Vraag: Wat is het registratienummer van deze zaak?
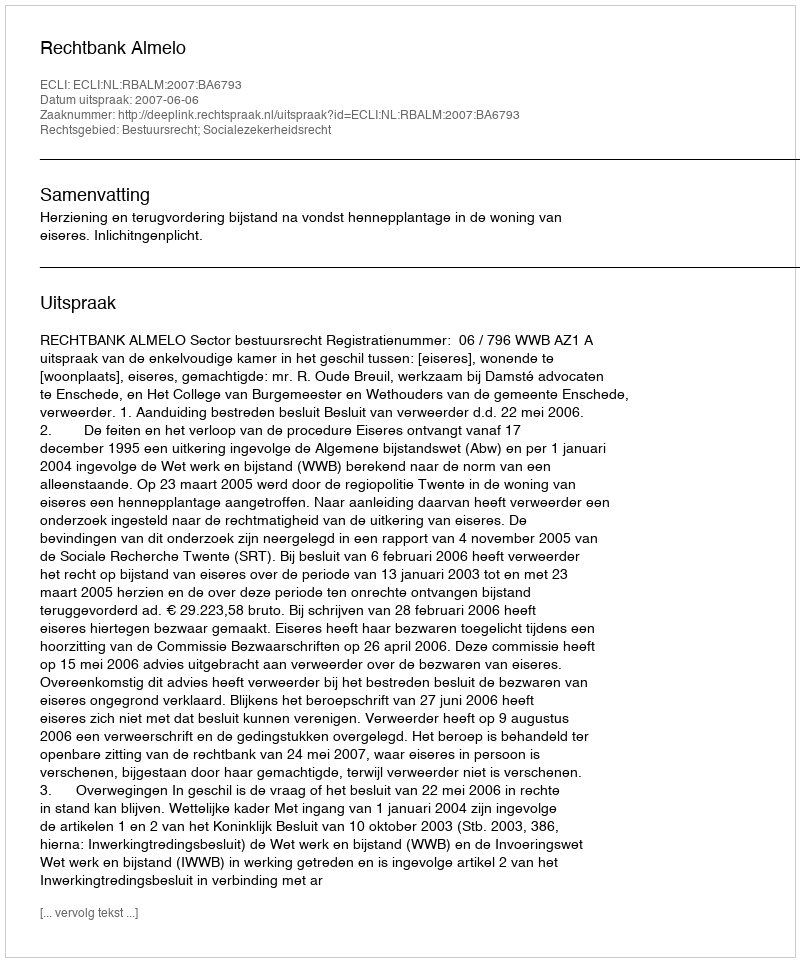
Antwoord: http://deeplink.rechtspraak.nl/uitspraak?id=ECLI:NL:RBALM:2007:BA6793